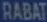
RABAT